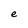
Character: e